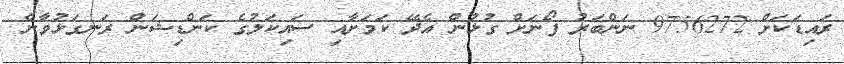
ރައިޑަކަށް 9756272 ނަންބަރު ފޯނަށް ގުޅުން އެދޭ ކަމަށާއި ސައިކަލުގެ ކަންޑިޝަން ރަނގަޅުވާނެ